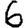
Digit: 6